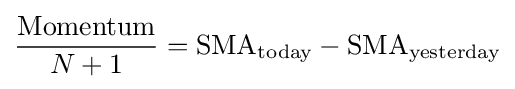
{{\text{Momentum}} \over N+1}={\text{SMA}}_{\text{today}}-{\text{SMA}}_{\text{yesterday}}